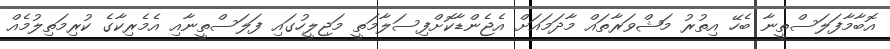
އޮބާމާފަލަސްތީނާ ބެހޭ އިތުރު މަޝްވަރާތައް މާދަމައަށް އެޖެންޑާކޮށްފިސަލާމަތީ މަޖިލީހުގައި ފަލަސްތީނާއި އެމެރިކާގެ ކުރިމަތިލުމެއް